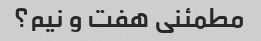
مطمئنی هفت و نیم؟